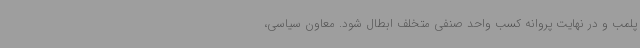
پلمب و در نهایت پروانه کسب واحد صنفی متخلف ابطال شود. معاون سیاسی،